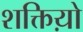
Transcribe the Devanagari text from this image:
शक्तिय़ो